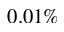
0 . 0 1 \%